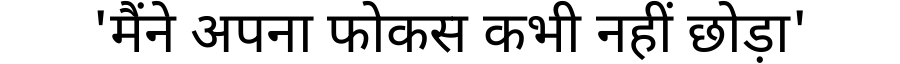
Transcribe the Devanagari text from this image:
'मैंने अपना फोकस कभी नहीं छोड़ा'